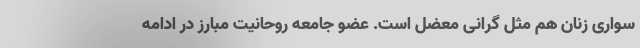
‌سواری زنان هم مثل گرانی معضل است. عضو جامعه روحانیت مبارز در ادامه